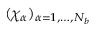
( \chi _ { \alpha } ) _ { \alpha = 1 , \dots , N _ { b } }